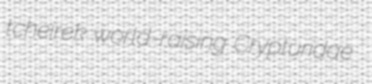
tcheirek world-raising Crypturidae